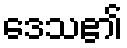
ဒေသ၏